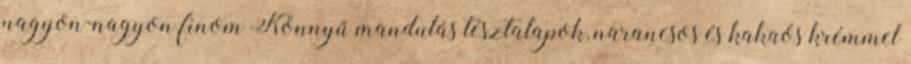
nagyon-nagyon finom Könnyű mandulás tésztalapok, narancsos és kakaós krémmel